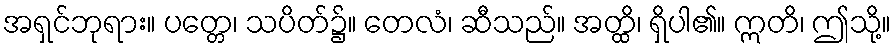
အရှင်ဘုရား။ ပတ္တေ၊ သပိတ်၌။ တေလံ၊ ဆီသည်။ အတ္ထိ၊ ရှိပါ၏။ ဣတိ၊ ဤသို့။